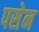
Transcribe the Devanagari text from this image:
पसेन